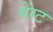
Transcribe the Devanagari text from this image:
गेंग्ट